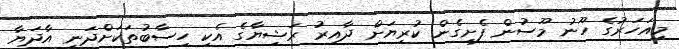
މިއަހަރުގެ ހޫނު މޫސުން ފެށިގެން ކުރިޔަށް ދާއިރު ރަޝިޔާގެ އެކި ހިސާބުތަކަށްދަނީ އާދަޔާ